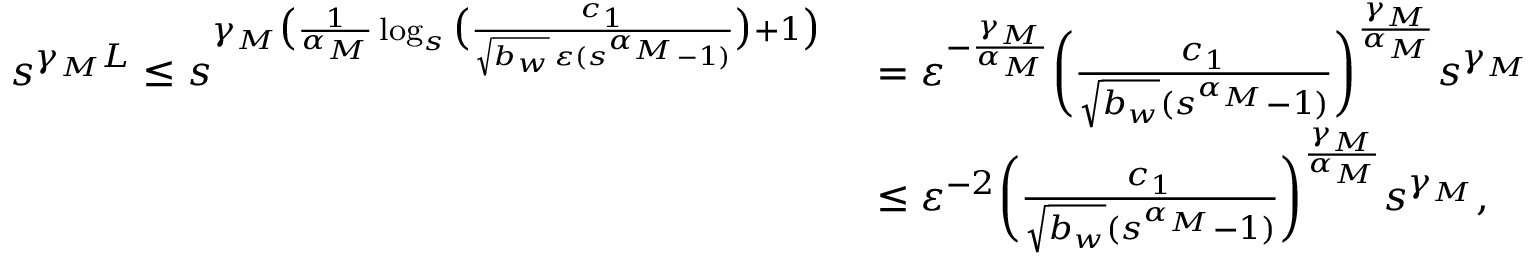
\begin{array} { r l } { s ^ { \gamma _ { M } L } \leq s ^ { \gamma _ { M } \big ( \frac { 1 } { \alpha _ { M } } \log _ { s } \big ( \frac { c _ { 1 } } { \sqrt { b _ { w } } \, \varepsilon ( s ^ { \alpha _ { M } } - 1 ) } \big ) + 1 \big ) } } & { \ = \varepsilon ^ { - \frac { \gamma _ { M } } { \alpha _ { M } } } \bigg ( \frac { c _ { 1 } } { \sqrt { b _ { w } } ( s ^ { \alpha _ { M } } - 1 ) } \bigg ) ^ { \frac { \gamma _ { M } } { \alpha _ { M } } } s ^ { \gamma _ { M } } } \\ & { \ \leq \varepsilon ^ { - 2 } \bigg ( \frac { c _ { 1 } } { \sqrt { b _ { w } } ( s ^ { \alpha _ { M } } - 1 ) } \bigg ) ^ { \frac { \gamma _ { M } } { \alpha _ { M } } } s ^ { \gamma _ { M } } , } \end{array}